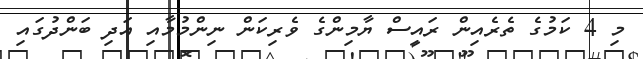
މި 4 ކަމުގެ ތެރެއިން ރައީސް ޔާމިންގެ ވެރިކަން ނިންމުމާއި އަދި ބަންދުގައި